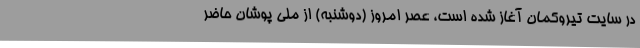
در سایت تیروکمان آغاز شده است، عصر امروز (دوشنبه) از ملی پوشان حاضر